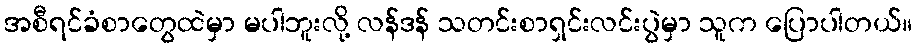
အစီရင်ခံစာတွေထဲမှာ မပါဘူးလို့ လန်ဒန် သတင်းစာရှင်းလင်းပွဲမှာ သူက ပြောပါတယ်။